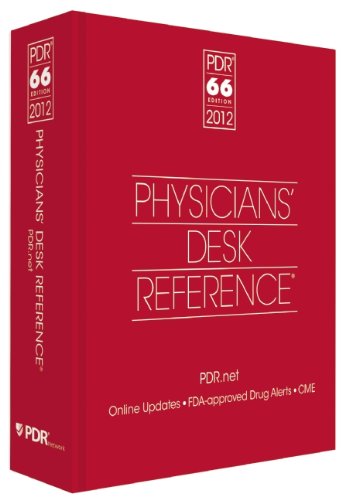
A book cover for Physicians' Desk Reference, 66th Edition; PDR Staff; Medical Books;